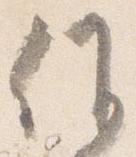
候